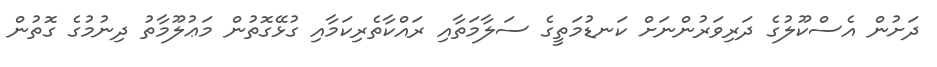
ދަށުން އެސްކޫލުގެ ދަރިވަރުންނަށް ކަނޑުމަތީގެ ސަލާމަތާއި ރައްކާތެރިކަމާއި ގުޅޭގޮތުން މަޢުލޫމާތު ދިނުމުގެ ގޮތުން